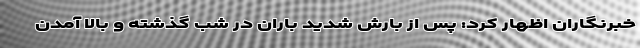
خبرنگاران اظهار کرد: پس از بارش شدید باران در شب گذشته و بالا آمدن